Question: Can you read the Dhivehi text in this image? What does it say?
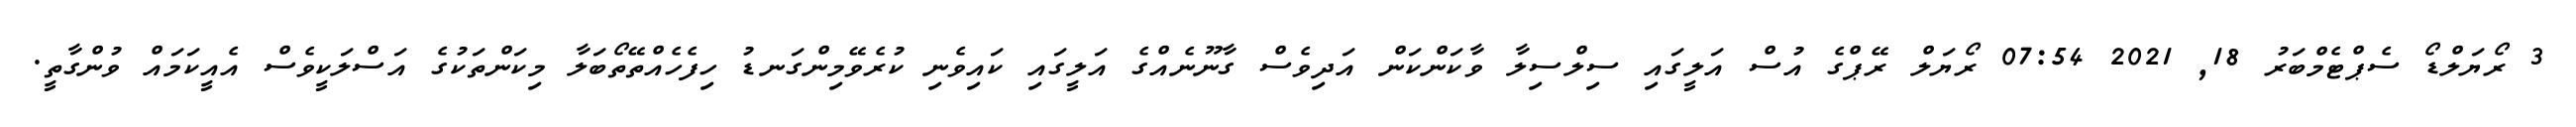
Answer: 3 ރޯޔަލްޑޯ ސެޕްޓެމްބަރު 18, 2021 07:54 ރޯޔަލް ރޭޕްގެ އުސް އަލީގައި ސިލްސިލާ ވާކަންކަން އަދިވެސް ގާނޫނެއްގެ އަލީގައި ކައިވެނި ކުރެވޭމިންގަނޑު ހިފެހެއްތޭތޯބަލާ މިކަންތަކުގެ އަސްލަކީވެސް އެއީކަމައް ވުންގާތީ.